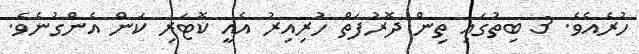
ހުރެއެވެ. 3 ބިތުގައި ތިން ދޮރުފަތް ހުރިއިރު އެއީ ކޮޓަރި ކަން އެންގުނެވެ.